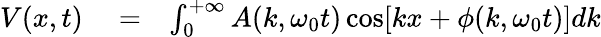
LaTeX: \begin{array}{rlr}{V(x,t)}&{{}=}&{\int_{0}^{+\infty}A(k,\omega_{0}t)\cos[kx+\phi(k,\omega_{0}t)]dk}\end{array}